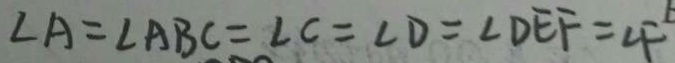
\angle A = \angle A B C = \angle C = \angle D = \angle D E F = \angle F